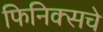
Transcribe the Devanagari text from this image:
फिनिक्सचे